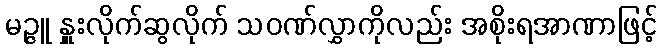
မဉ္ဇူ နှူးလိုက်ဆွလိုက် သဝဏ်လွှာကိုလည်း အစိုးရအာဏာဖြင့်